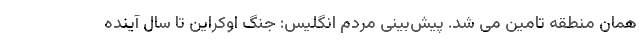
همان منطقه تامین می شد. پیش‌بینی مردم انگلیس: جنگ اوکراین تا سال آینده